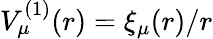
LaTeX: V_{\mu}^{(1)}(r)=\xi_{\mu}(r)/r